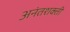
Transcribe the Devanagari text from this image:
अनंतशक्ती